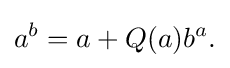
\displaystyle {a^{b}=a+Q(a)b^{a}.}